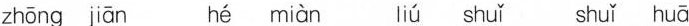
zhōng jiān hé miàn liú shuǐ shuǐ huā